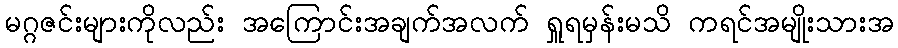
မဂ္ဂဇင်းများကိုလည်း အကြောင်းအချက်အလက် ရှူရမှန်းမသိ ကရင်အမျိုးသားအ